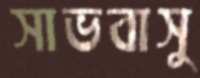
সাভবাসু